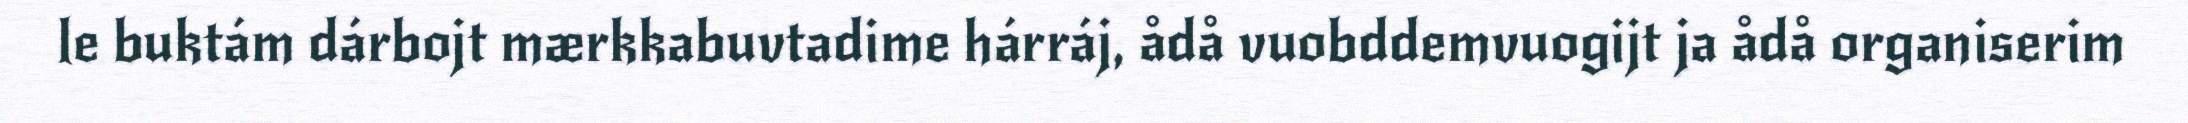
le buktám dárbojt mærkkabuvtadime hárráj, ådå vuobddemvuogijt ja ådå organiserim